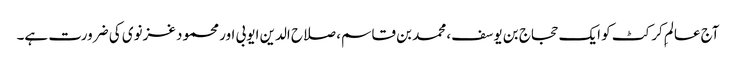
آج عالمِ کرکٹ کو ایک حجاج بن یوسف، محمد بن قاسم، صلاح الدین ایوبی اور محمود غزنوی کی ضرورت ہے۔